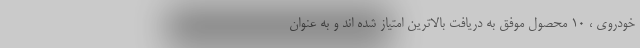
خودروی ، 10 محصول موفق به دریافت بالاترین امتیاز شده اند و به عنوان